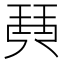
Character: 𤦡